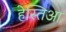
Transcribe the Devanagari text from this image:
हेस्तिआ